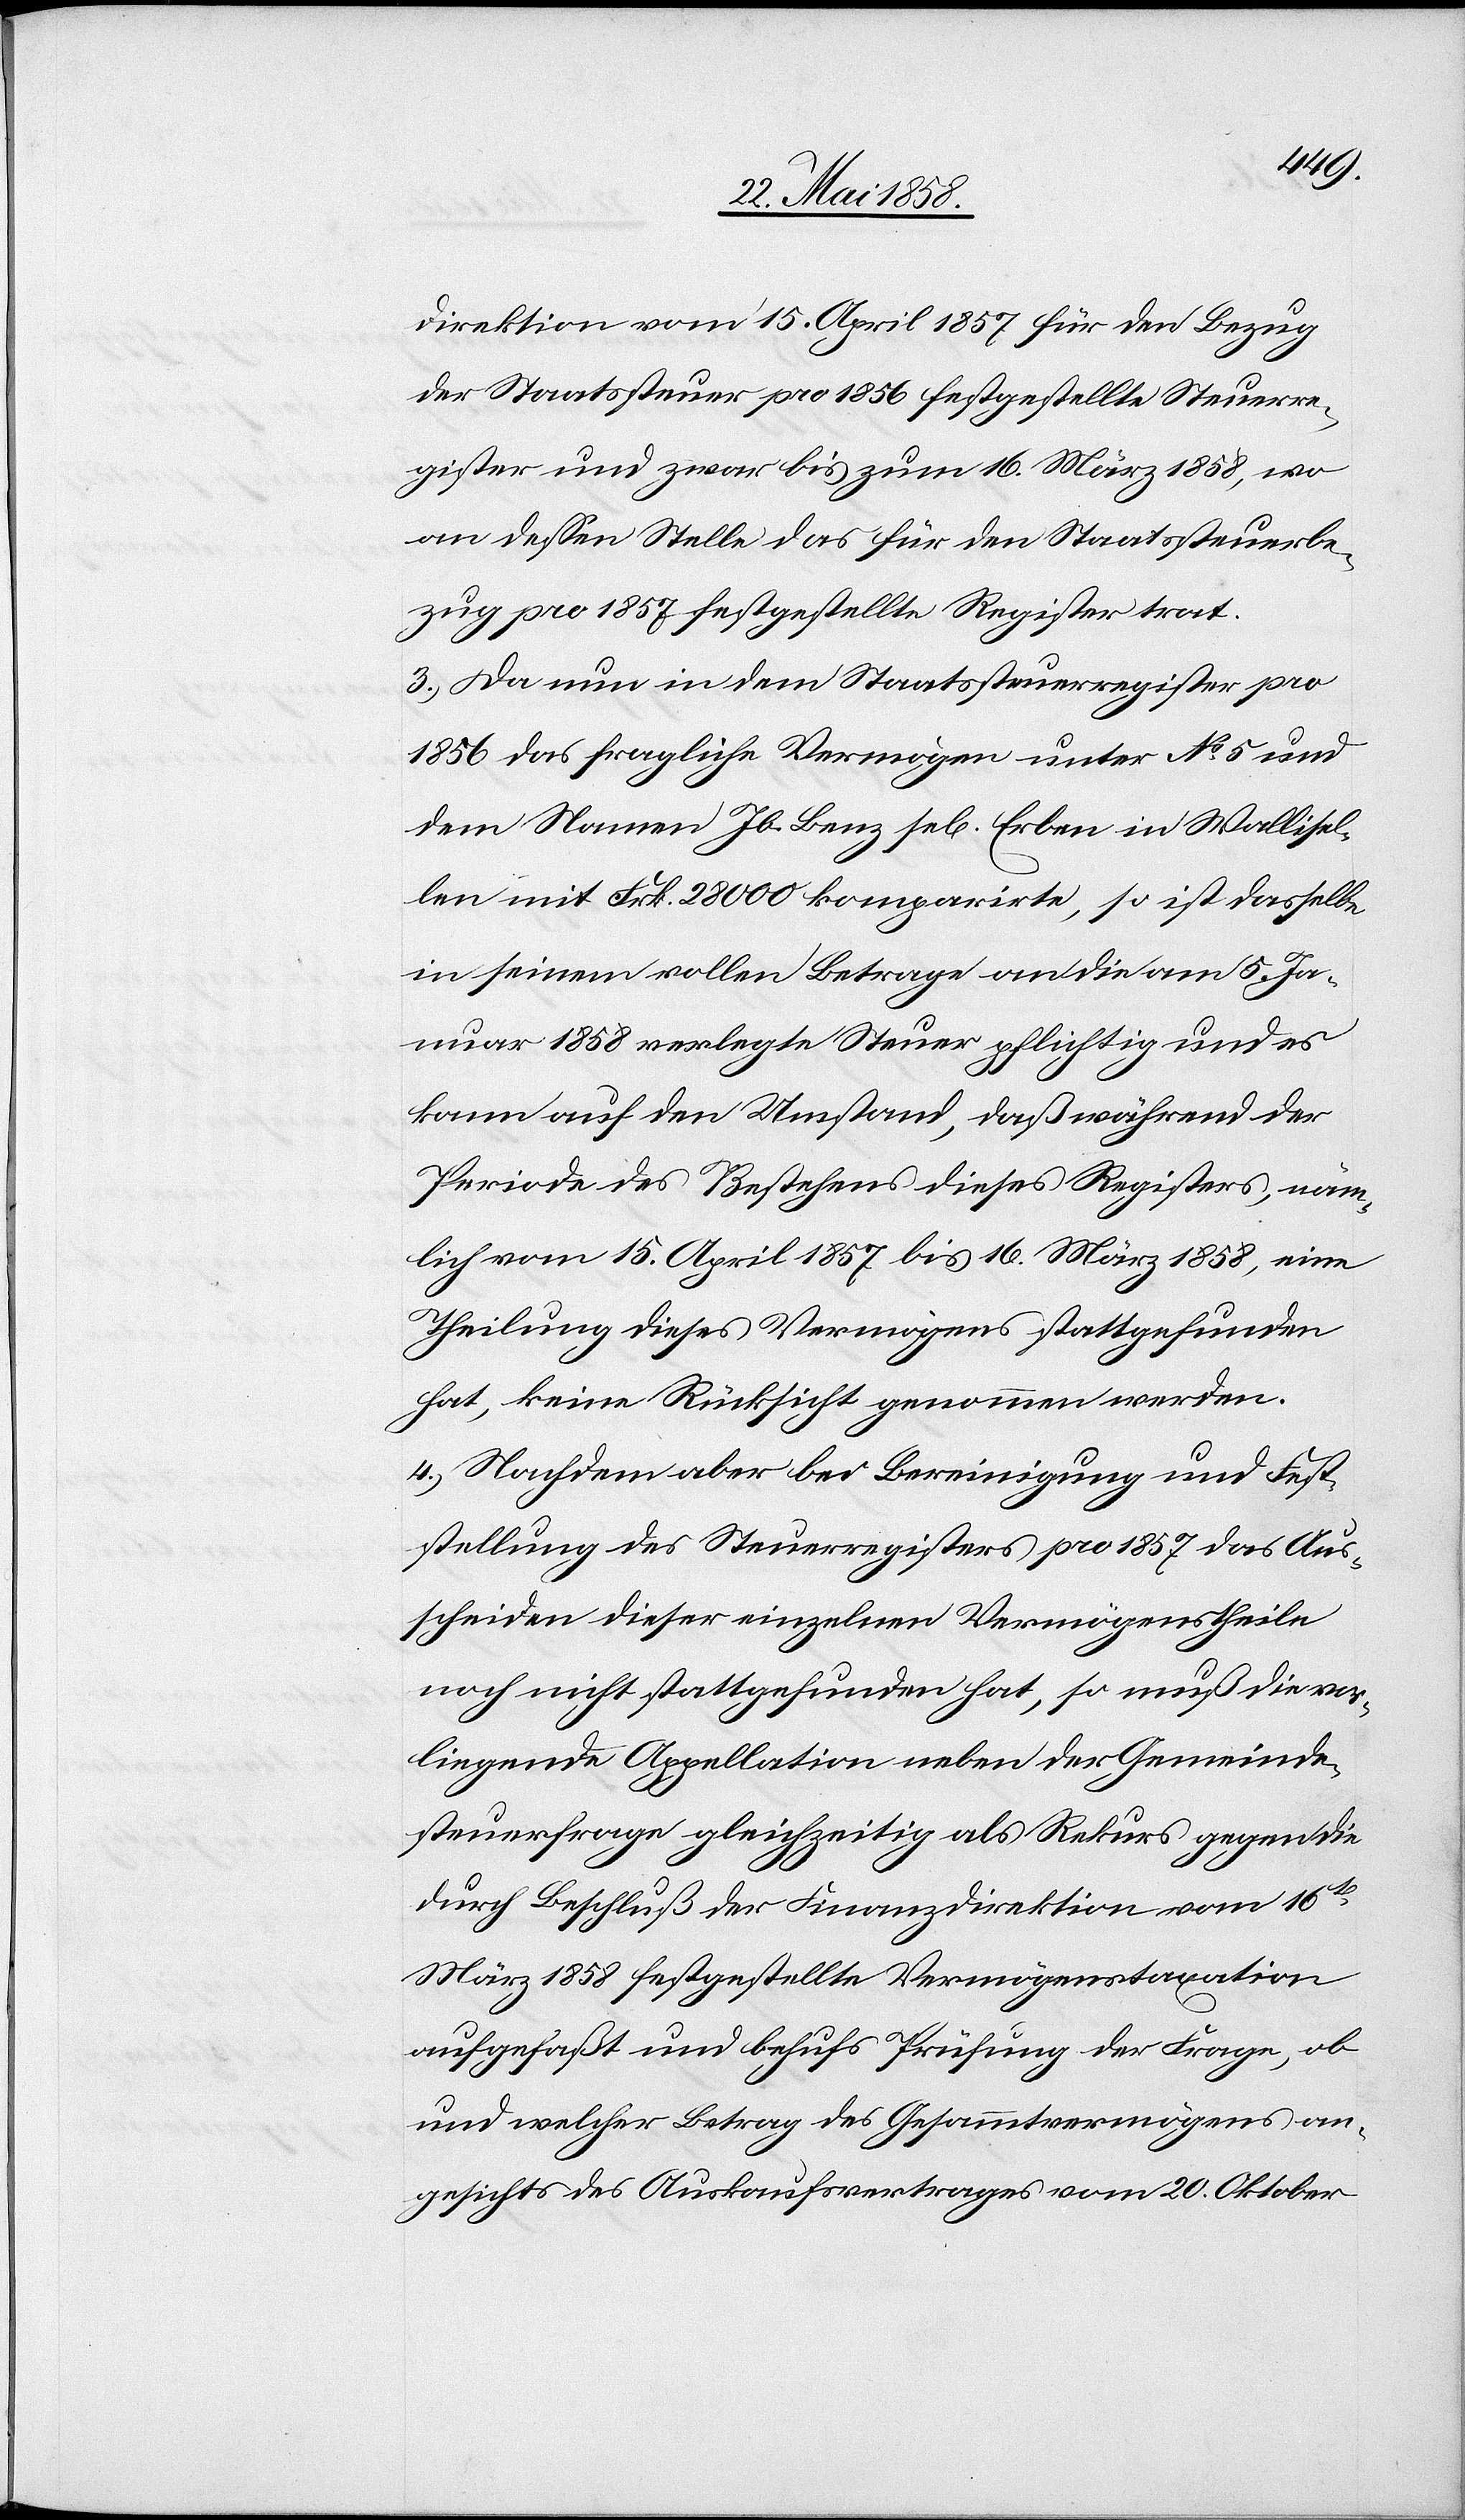
direktion vom 15. April 1857 für den Bezug
der Staatssteuer pro 1856 festgestellte Steuerre¬
gister und zwar bis zum 16. März 1858, wo
an dessen Stelle das für den Staatssteuerbe¬
zug pro 1857 festgesetllte Register trat.
3. Da nun in dem Staatssteuerregister pro
1856 das fragliche Vermögen unter No 5 und
dem Namen Jb. Benz se[ligen] Erben in Wallisel¬
len mit Frk. 28 000 komparirte, so ist dasselbe
in seinem vollen Betrage an die am 5. Ja¬
nuar 1858 verlegte Steuer pflichtig und es
kann auf den Umstand, daß während der
Periode des Bestehens dieses Registers, näm¬
lich vom 15. April bis 16. März 1858, eine
Theilung dieses Vermögens stattgefunden
hat, keine Rücksicht genommen werden.
4. Nachdem aber bei Bereinigung und Fest¬
stellung des Steuerregisters pro 1857 das Aus¬
scheiden dieser einzelnen Vermögenstheile
noch nicht stattgefunden hat, so muß die vor¬
liegende Appellation neben der Gemeinde¬
steuerfrage gleichzeitig als Rekurs gegen die
durch Beschluß der Finanzdirektion vom 16t[en]
März 1858 festgestellte Vermögenstaxation
aufgefaßt und behufs Prüfung der Frage, ob
und welcher Betrag des Gesammtvermögens an¬
gesichts des Auskaufsvertrages vom 20. Oktober